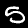
Label: 5